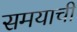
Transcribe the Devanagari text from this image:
समयाची